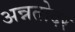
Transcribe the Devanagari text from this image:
अन्नतोदर